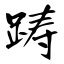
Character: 踌